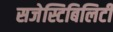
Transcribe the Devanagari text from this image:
सजेस्टिबिलिटी